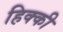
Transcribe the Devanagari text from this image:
हिक्‍की